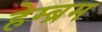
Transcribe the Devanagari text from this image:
हेम्‍ब्रम